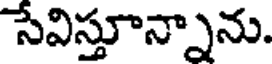
సేవిస్తూన్నాను.